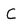
Character: C